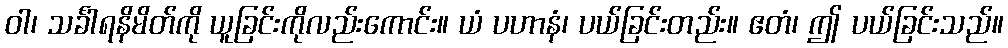
ဝါ၊ သင်္ခါရနိမိတ်ကို ယူခြင်းကိုလည်းကောင်း။ ယံ ပဟာနံ၊ ပယ်ခြင်းတည်း။ ဧတံ၊ ဤ ပယ်ခြင်းသည်။